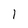
Character: 1